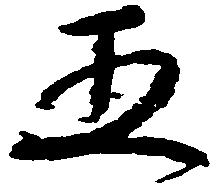
五